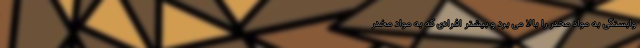
وابستگی به مواد مخدر را بالا می برد و بیشتر افرادی که به مواد مخدر